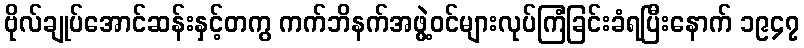
ဗိုလ်ချုပ်အောင်ဆန်းနှင့်တကွ ကက်ဘိနက်အဖွဲ့ဝင်များလုပ်ကြံခြင်းခံရပြီးနောက် ၁၉၄၇